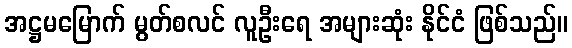
အဋ္ဌမမြောက် မွတ်စလင် လူဦးရေ အများဆုံး နိုင်ငံ ဖြစ်သည်။